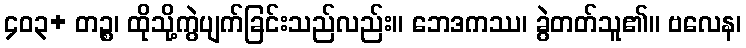
၄၀၃+ တဉ္စ၊ ထိုသို့ကွဲပျက်ခြင်းသည်လည်း။ ဘေဒကဿ၊ ခွဲတတ်သူ၏။ ဗလေန၊